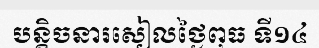
បន្តិចនារសៀលថ្ងៃពុធ ទី១៤